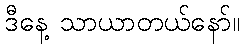
ဒီနေ့ သာယာတယ်နော်။